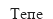
Тепе